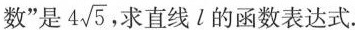
数”是 $$4 \sqrt{5}$$ ，求直线l的函数表达式.